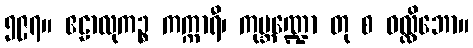
၅၉၇။ ဧဠာလုကဉ္စ ကက္ကာရီ၊ ကုမ္ဘဏ္ဍော တု စ ဝလ္လိဘော။